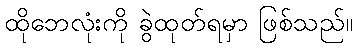
ထိုဘေလုံးကို ခွဲထုတ်ရမှာ ဖြစ်သည်။